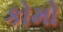
કોમો